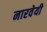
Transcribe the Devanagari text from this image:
नारवेयी